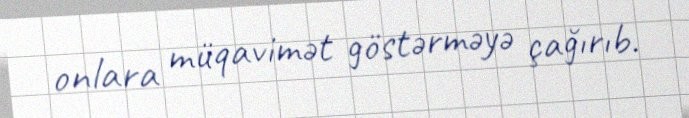
onlara müqavimət göstərməyə çağırıb.